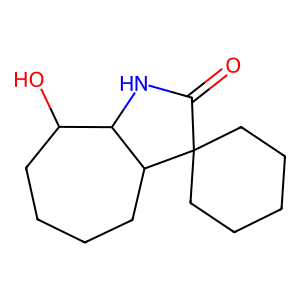
SMILES: O=C1NC2C(O)CCCCC2C12CCCCC2
Inhibits HIV replication: No